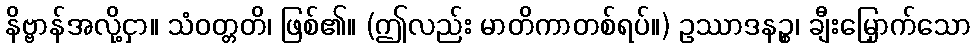
နိဗ္ဗာန်အလို့ငှာ။ သံဝတ္တတိ၊ ဖြစ်၏။ (ဤလည်း မာတိကာတစ်ရပ်။) ဥဿာဒနဉ္စ၊ ချီးမြှောက်သော